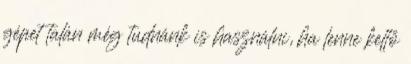
gépet talán még tudnánk is használni, ha lenne kellő